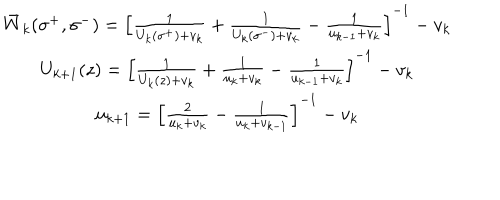
\begin{array} { c } { { \bar { W } _ { k } ( \sigma ^ { + } , \sigma ^ { - } ) = \left[ \frac 1 { U _ { k } ( \sigma ^ { + } ) + v _ { k } } + \frac 1 { U _ { k } ( \sigma ^ { - } ) + v _ { k } } - \frac 1 { u _ { k - 1 } + v _ { k } } \right] ^ { - 1 } - v _ { k } } } \\ { { U _ { k + 1 } ( z ) = \left[ \frac 1 { U _ { k } ( z ) + v _ { k } } + \frac 1 { u _ { k } + v _ { k } } - \frac 1 { u _ { k - 1 } + v _ { k } } \right] ^ { - 1 } - v _ { k } } } \\ { { u _ { k + 1 } = \left[ \frac 2 { u _ { k } + v _ { k } } - \frac 1 { u _ { k } + v _ { k - 1 } } \right] ^ { - 1 } - v _ { k } } } \\ \end{array}